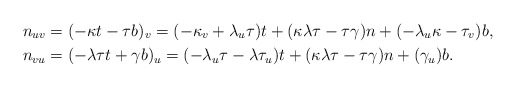
\begin{align*}n_{uv} & =(-\kappa t-\tau b)_{v}=(-\kappa_{v}+\lambda_{u}\tau)t+(\kappa\lambda\tau-\tau\gamma)n+(-\lambda_{u}\kappa-\tau_{v})b,\\n_{vu} & =(-\lambda\tau t+\gamma b)_{u}=(-\lambda_{u}\tau-\lambda\tau_{u})t+(\kappa\lambda\tau-\tau\gamma)n+(\gamma_{u})b.\end{align*}